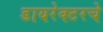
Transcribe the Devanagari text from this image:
डायरेक्टरचे